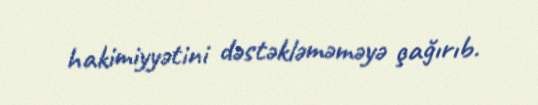
hakimiyyətini dəstəkləməməyə çağırıb.